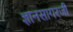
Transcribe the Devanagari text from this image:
ज्ञानसागरजी